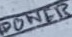
Text: POWER